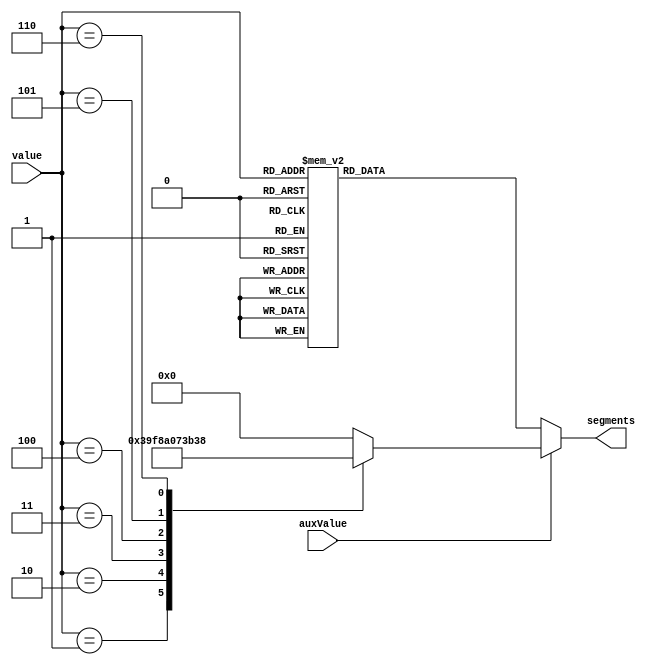
module TubeROM (
    input wire[3:0] value,
    input wire auxValue,
    output reg[6:0] segments
    );

always @ (*) begin
    if (auxValue) begin
        case (value)
            4'h0: segments = 7'h00; // Empty
            4'h1: segments = 7'h73; // P
            4'h2: segments = 7'h78; // T
            4'h3: segments = 7'h50; // R
            4'h4: segments = 7'h1C; // V
            4'h5: segments = 7'h76; // H
            4'h6: segments = 7'h38; // L
            default: segments = 7'b0;
        endcase
    end
    else begin 
        case (value)
            4'h0: segments = 7'h3F; // 0
            4'h1: segments = 7'h06; // 1
            4'h2: segments = 7'h5B; // 2
            4'h3: segments = 7'h4F; // 3
            4'h4: segments = 7'h66; // 4
            4'h5: segments = 7'h6D; // 5
            4'h6: segments = 7'h7D; // 6
            4'h7: segments = 7'h07; // 7
            4'h8: segments = 7'h7F; // 8
            4'h9: segments = 7'h6F; // 9
            4'hA: segments = 7'h77; // A
            4'hB: segments = 7'h7C; // B
            4'hC: segments = 7'h39; // C
            4'hD: segments = 7'h5E; // D
            4'hE: segments = 7'h79; // E
            4'hF: segments = 7'h71; // F
            default: segments = 7'b0;
        endcase
    end
end
endmodule

module TubeController (
    input wire[1:0] dig,
    input wire[3:0] dig1,
    input wire[3:0] dig2,
    input wire[3:0] dig3,
    input wire[3:0] dig4,
    input wire[3:0] dots,
    input wire[3:0] auxs,
    output wire[3:0] tubeDig,
    output wire[7:0] tubeSeg
    );

wire[3:0] value = (dig == 2'd0)? dig1 :
                        (dig == 2'd1)? dig2 :
                        (dig == 2'd2)? dig3 :
                        dig4;

TubeROM rom (value, auxs[dig], tubeSeg[6:0]);

assign tubeSeg[7] = dots[dig];
assign tubeDig = (dig == 2'd0)? 4'b0001 :
                      (dig == 2'd1)? 4'b0010 :
                      (dig == 2'd2)? 4'b0100 :
                      4'b1000;
endmodule